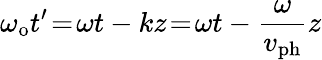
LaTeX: \omega_{\mathrm{o}}t^{\prime}\! =\! \omega t-kz\! =\! \omega t-\frac{\omega}{v_{\mathrm{ph}}}z